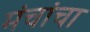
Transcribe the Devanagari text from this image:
मंचांचा